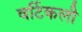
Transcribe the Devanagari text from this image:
वर्टिकली